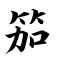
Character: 笳